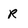
Character: R